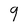
Character: 9